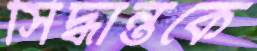
সিদ্ধান্তকে